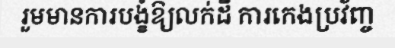
រួមមានការបង្ខំឱ្យលក់ដី ការកេងប្រវ័ញ្ច